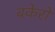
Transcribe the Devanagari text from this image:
बकेरो